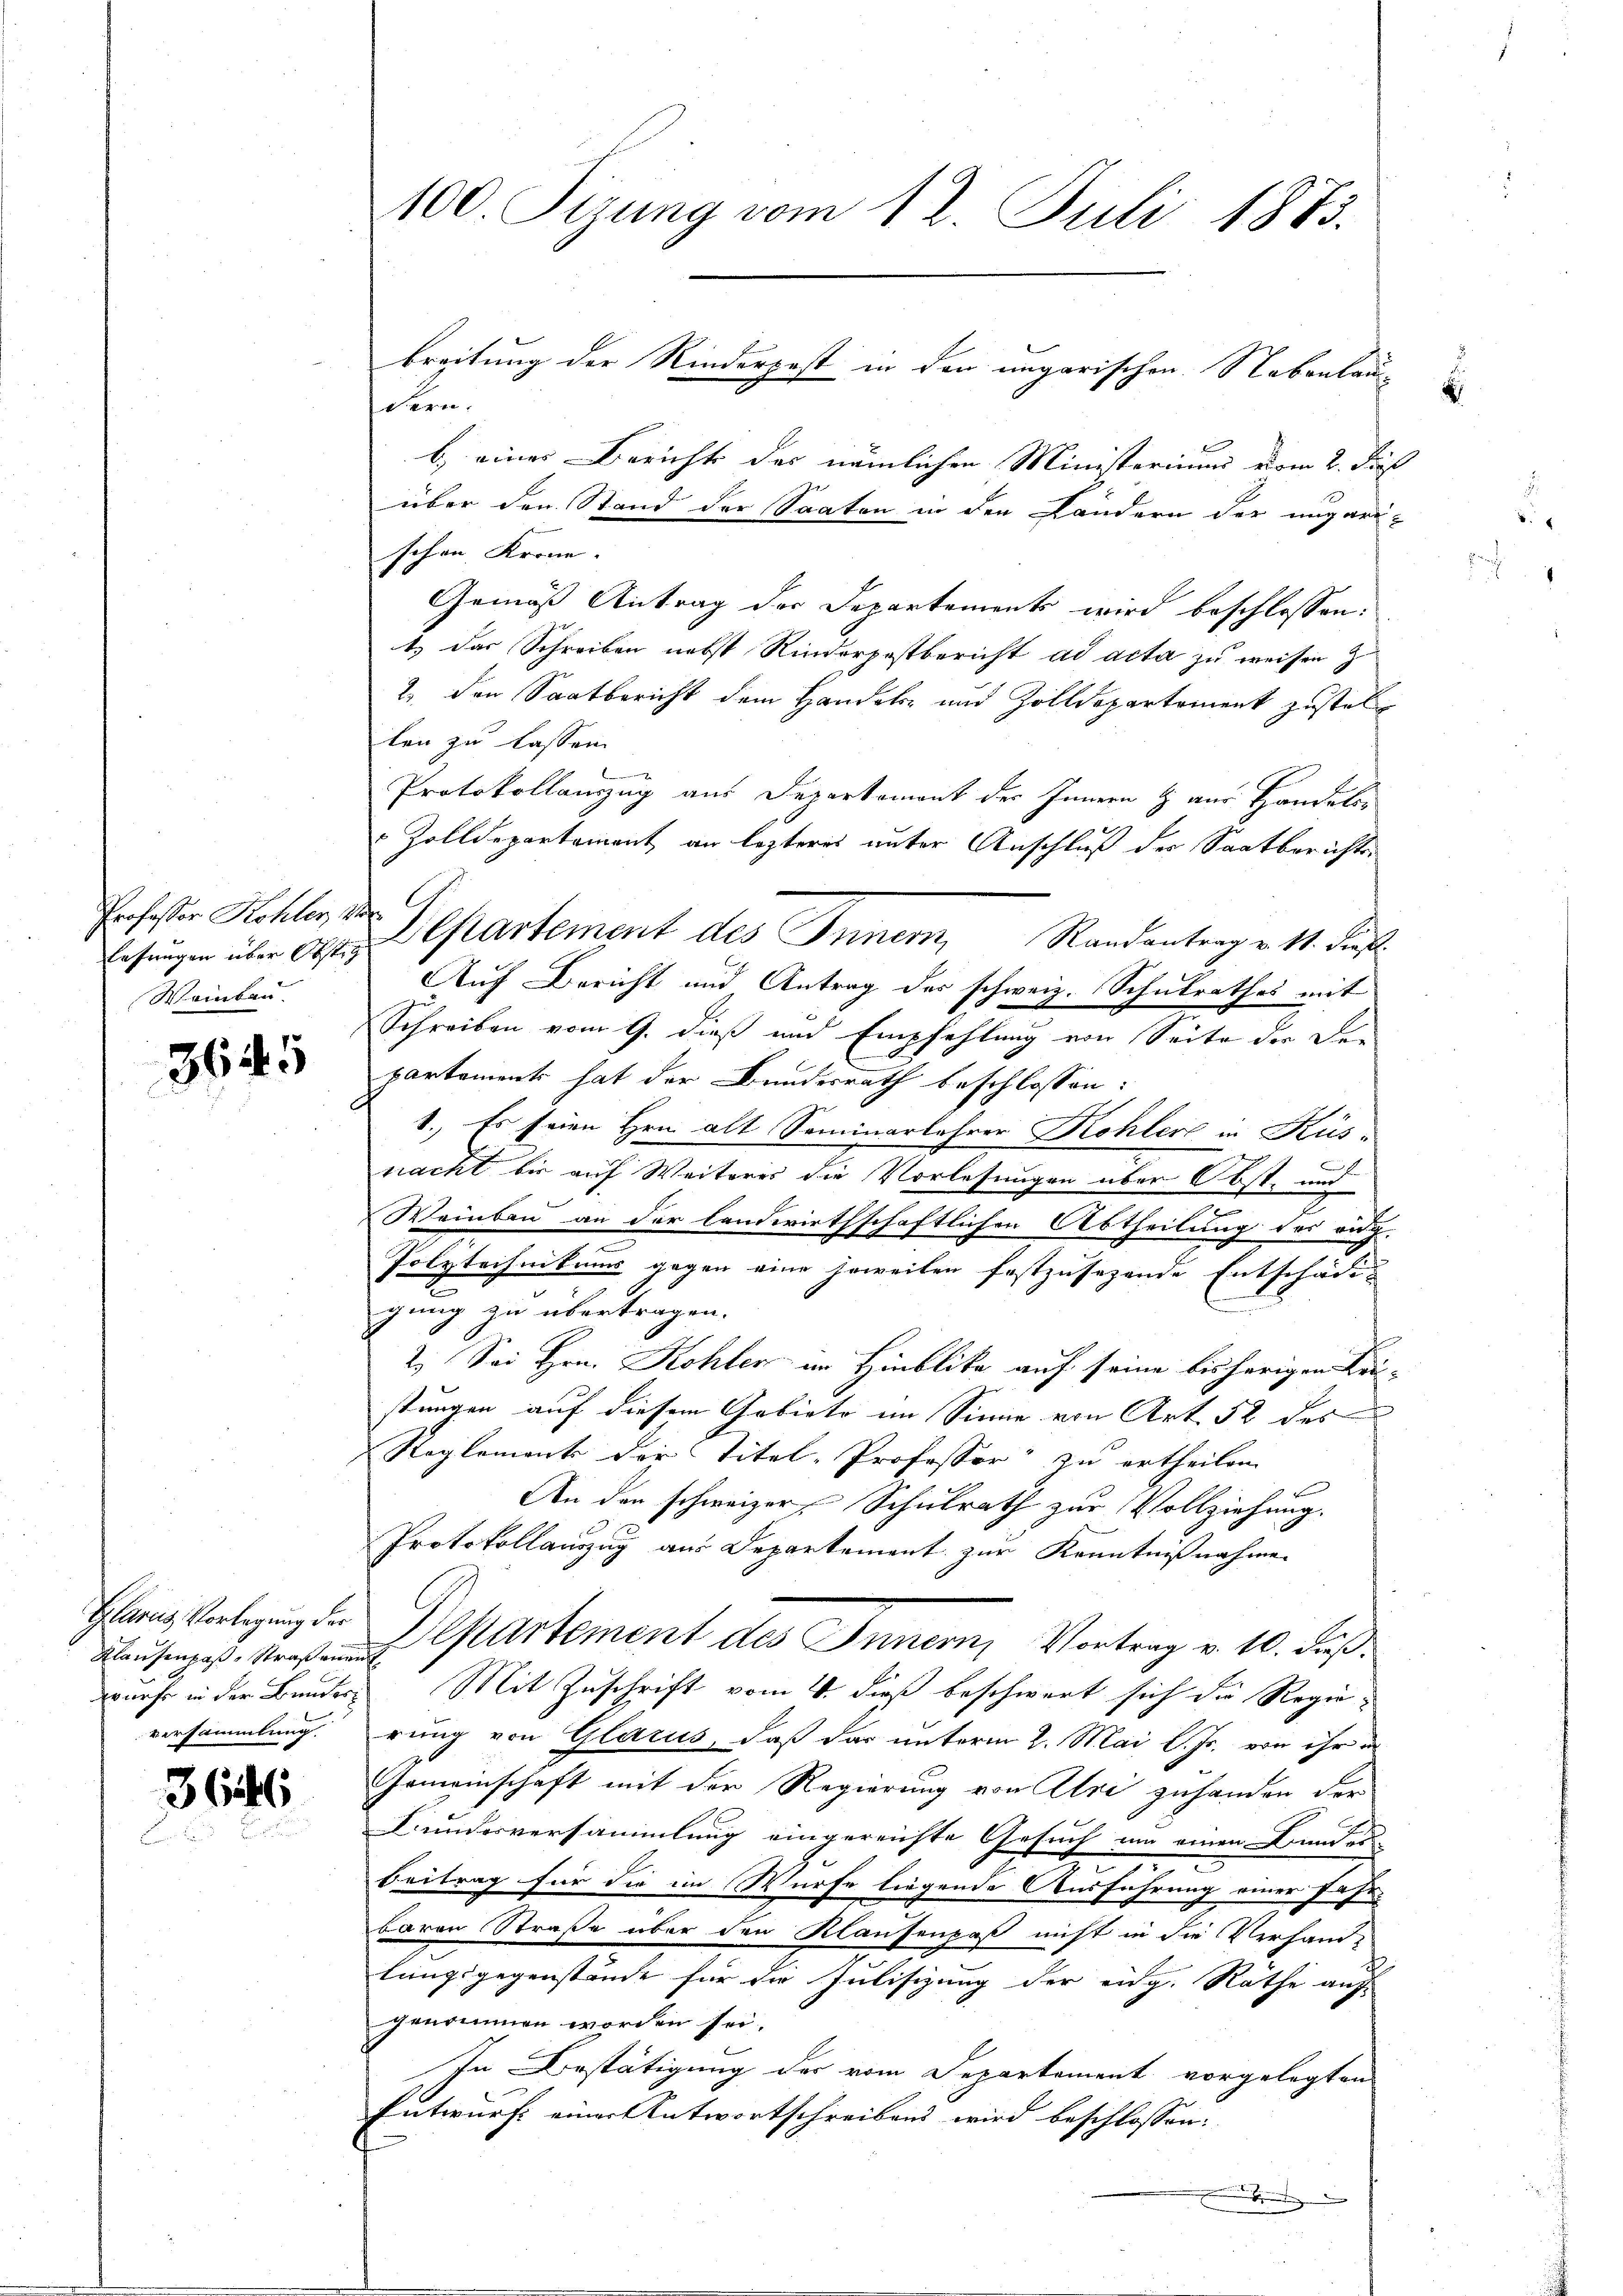
Professor Kohler, der
Weinbau.

3645

Klausenpaß, Straßenen
versammlung.

3646

100. Sizung vom 12. Juli 1883.

dern.
b) eines Berichts des nämlichen Ministerium vom 2. Fuß
über den Stand der Saaten in den Kändern der ungari-
schen Krone.
Gemäß Antrag der Departements wird beschlossen:
t) das Schreiben nebst Rinderpostbericht ad acta zu weisen z
2. den Saatbericht dem Handels- und Zolldepartement zustel
len zu lassen.
.
Protokollanzzug aus Departement des Innern & aus Handels-
Zolldepartement an lezteres unter Anschluß der Saatberichte
Eesungen über Obst Cartement des Innern, Randantrag v. 11. dieß
Auf Bericht und Antrag des schweiz. Schulrathes mit
.
Schreiben vom 9. dieß und Empfehlung von Seite der Departement hat der Bundesrath beschlossen:
1. Es seien Hrn. alt Seminarlehrer Kohler in Küs-
e
nacht bis auf Weiteres die Vorlesungen über Obst, und
Weinbau an der landwirthschaftlichen Abtheilung des eidg.
Polytechnikums gegen eine soweiten festzusehende Entschädig
gung zu übertragen.
2.) Sei Hrn. Kohler im Hinblika auf seine bisherigen Kei-
stungen auf diesem Gebiete im Sinne von Art. 52 des
Reglement der Titel-Professor zu ertheilen.
An den schweizer, Schulrath zur Vollziehung.
Protokollauszug aus Departement zur Kenntnißnahmen
Glanz Vorlegung der Departement des Innern, Vortrag v. 10. Fuß.
wehr in der Bunders Mit Zuschrift vom 4. dieß beschwert sich die Regierung von Glarus, daß das unterm 2. Mai l. Js. von ihr in
Gemeinschaft mit der Regierung von Uri zuhanden der
Bundesversammlung eingereichte Gesuch um einen Bunder-
Beitrag für die im Würfe liegende Ausführung einer Fahr-
baren Straße über den Klausenpaß nicht in die Verhand-
lungsgegenstände für die Julisizung der eidg. Rathe auf
genommen worden sei.
In Bestätigung des vom Departement vorgelegten
Entwurf einer Antwortschreibens wird beschlossen:

breitung der Rinderpest in der ungarischen Nebenlau

2